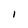
Character: l